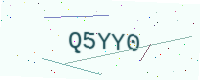
Text: Q5YY0